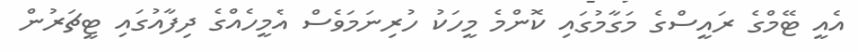
އެއީ ޓޭމްގެ ރައީސްގެ މަގާމުގައި ކޮންމެ މީހަކު ހުރިނަމަވެސް އެމީހެއްގެ ދިފާއުގައި ޓީޗަރުން